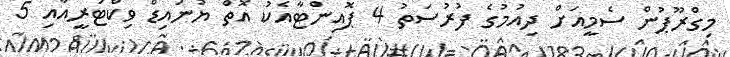
މިގްރޫޕުން ސެމީއަށް ދިއުމުގެ ފުރުސަތު 4 ޕޮއިންޓާއެކު އޮތް ޔުނައިޑް ވިކްޓަރީއާއި 5